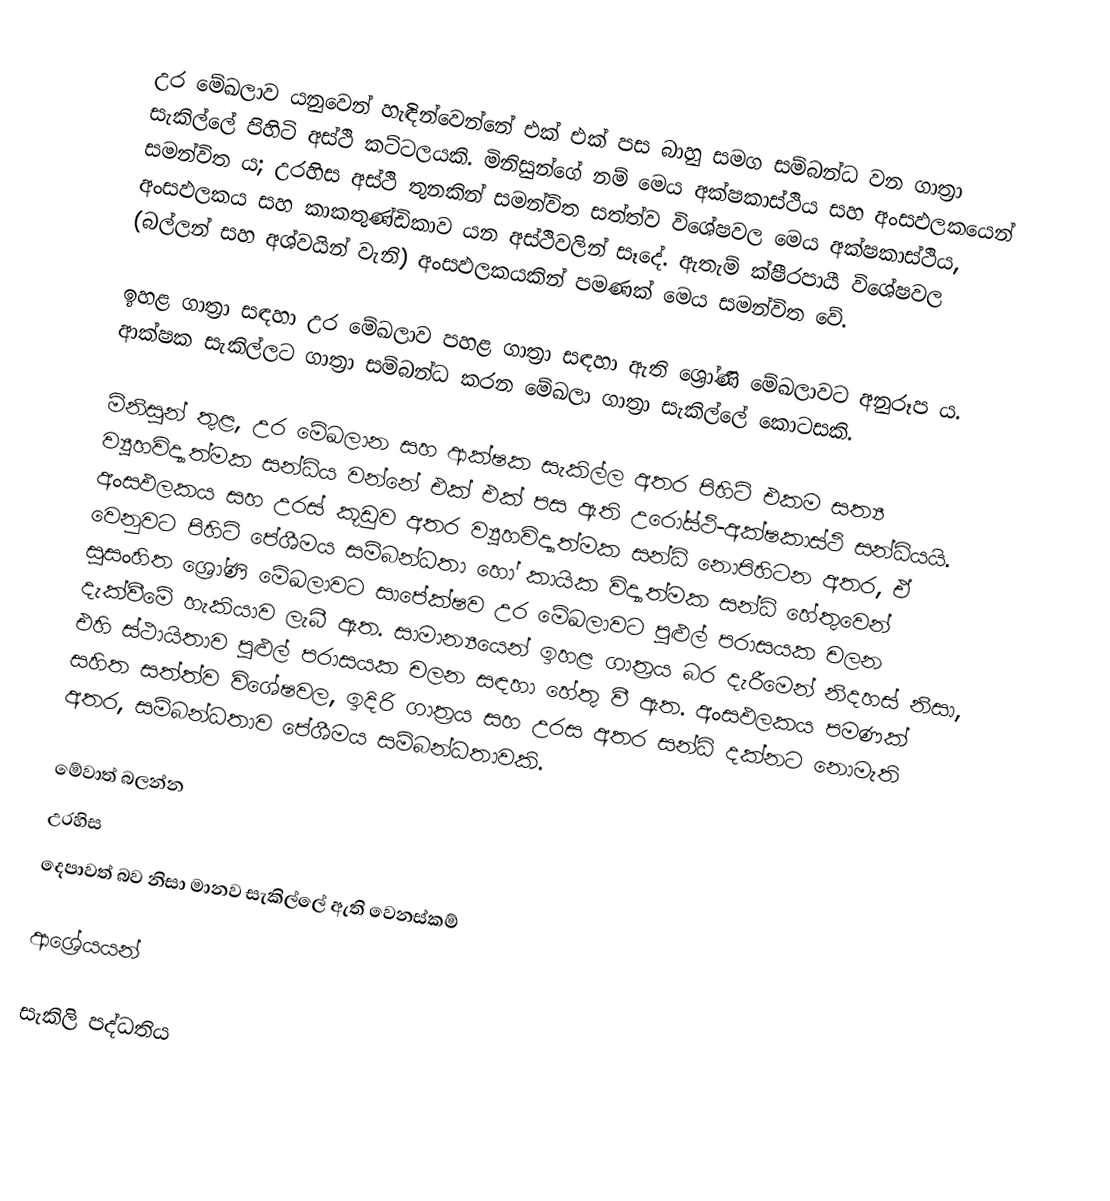
උර මේඛලාව යනුවෙන් හැඳින්වෙන්නේ එක් එක් පස බාහු සමග සම්බන්ධ වන ගාත්‍රා සැකිල්ලේ පිහිටි අස්ථි කට්ටලයකි. මිනිසුන්ගේ නම් මෙය අක්ෂකාස්ථිය සහ අංසඵලකයෙන් සමන්විත ය; උරහිස අස්ථි තුනකින් සමන්විත සත්ත්ව විශේෂවල මෙය අක්ෂකාස්ථිය, අංසඵලකය සහ කාකතුණ්ඩිකාව යන අස්ථිවලින් සෑදේ. ඇතැම් ක්ෂීරපායී විශේෂවල (බල්ලන් සහ අශ්වයින් වැනි) අංසඵලකයකින් පමණක් මෙය සමන්විත වේ.

ඉහළ ගාත්‍රා සඳහා උර මේඛලාව පහළ ගාත්‍රා සඳහා ඇති ශ්‍රෝණි මේඛලාවට අනුරූප ය. ආක්ෂක සැකිල්ලට ගාත්‍රා සම්බන්ධ කරන මේඛලා ගාත්‍රා සැකිල්ලේ කොටසකි‍.

මිනිසුන් තුළ, උර මේඛලාන සහ ආක්ෂක සැකිල්ල අතර පිහිටි එකම සත්‍ය ව්‍යූහවිද්‍යාත්මක සන්ධිය වන්නේ එක් එක් පස ඇති උරෝස්ථි-අක්ෂකාස්ථි සන්ධියයි‍. අංසඵලකය සහ උරස් කූඩුව අතර ව්‍යූහවිද්‍යාත්මක සන්ධි නොපිහිටන අතර, ඒ වෙනුවට පිහිටි පේශීමය සම්බන්ධතා හෝ කායික විද්‍යාත්මක සන්ධි හේතුවෙන් සුසංහිත ශ්‍රෝණි මේඛලාවට සාපේක්ෂව උර මේඛලාවට පුළුල් පරාසයක චලන දැක්වීමේ හැකියාව ලැබී ඇත. සාමාන්‍යයෙන් ඉහළ ගාත්‍රය බර දැරීමෙන් නිදහස් නිසා, එහි ස්ථායිතාව පුළුල් පරාසයක චලන සඳහා හේතු වී ඇත. අංසඵලකය පමණක් සහිත සත්ත්ව විශේෂවල, ඉදිරි ගාත්‍රය සහ උරස අතර සන්ධි දක්නට නොමැති අතර, සම්බන්ධතාව පේශීමය සම්බන්ධතාවකි.

මේවාත් බලන්න
 උරහිස
 දෙපාවත් බව නිසා මානව සැකිල්ලේ ඇති වෙනස්කම්

ආශ්‍රේයයන්

සැකිලි පද්ධතිය